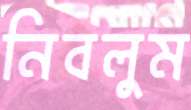
নিবলুম